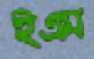
ইএম